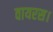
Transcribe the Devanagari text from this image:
वायरस।